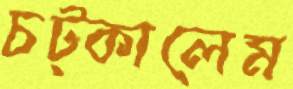
চট্‌কালেম